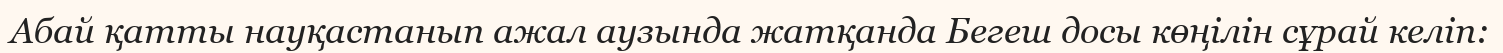
Абай қатты науқастанып ажал аузында жатқанда Бегеш досы көңілін сұрай келіп: